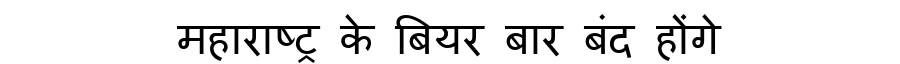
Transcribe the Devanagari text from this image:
महाराष्ट्र के बियर बार बंद होंगे